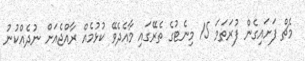
މެޗް ފަށައިގެން ފުރަތަމަ 15 މިނެޓުގެ ތެރޭގައި މާއެދެވޭ ކުޅުމެއް ރާއްޖެއަށް ނުދެއްކުނު